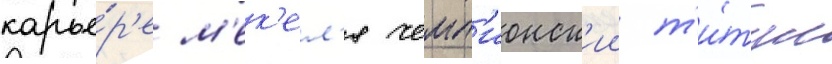
карье́р'е м'ек'ел'я чемп'ионск'ии т'и́тул